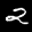
Label: 2